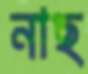
নাছ